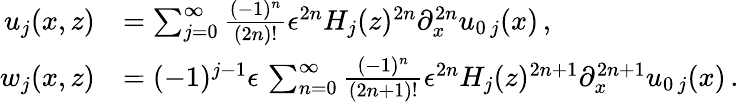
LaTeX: \begin{array}{rl}{u_{j}(x,z)}&{=\sum_{j=0}^{\infty}\frac{(-1)^{n}}{(2n)!}\epsilon^{2n}{H_{j}}(z)^{2n}\partial_{x}^{2n}u_{0\, j}(x)\, ,}\\ {w_{j}(x,z)}&{=(-1)^{j-1}\epsilon\, \sum_{n=0}^{\infty}\frac{(-1)^{n}}{(2n+1)!}\epsilon^{2n}H_{j}(z)^{2n+1}\partial_{x}^{2n+1}u_{0\, j}(x)\, .}\end{array}